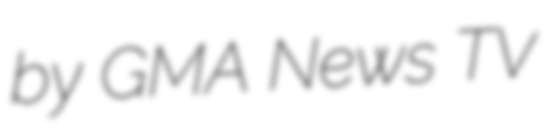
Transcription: by GMA News TV